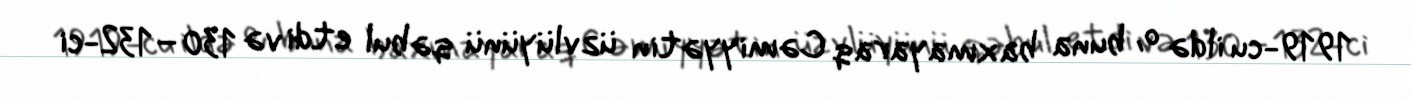
1919-cu ildə o, buna baxmayaraq Cəmiyyətin üzvlüyünü qəbul etdi və 130–132-ci